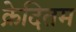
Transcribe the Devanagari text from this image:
क्रेदितम